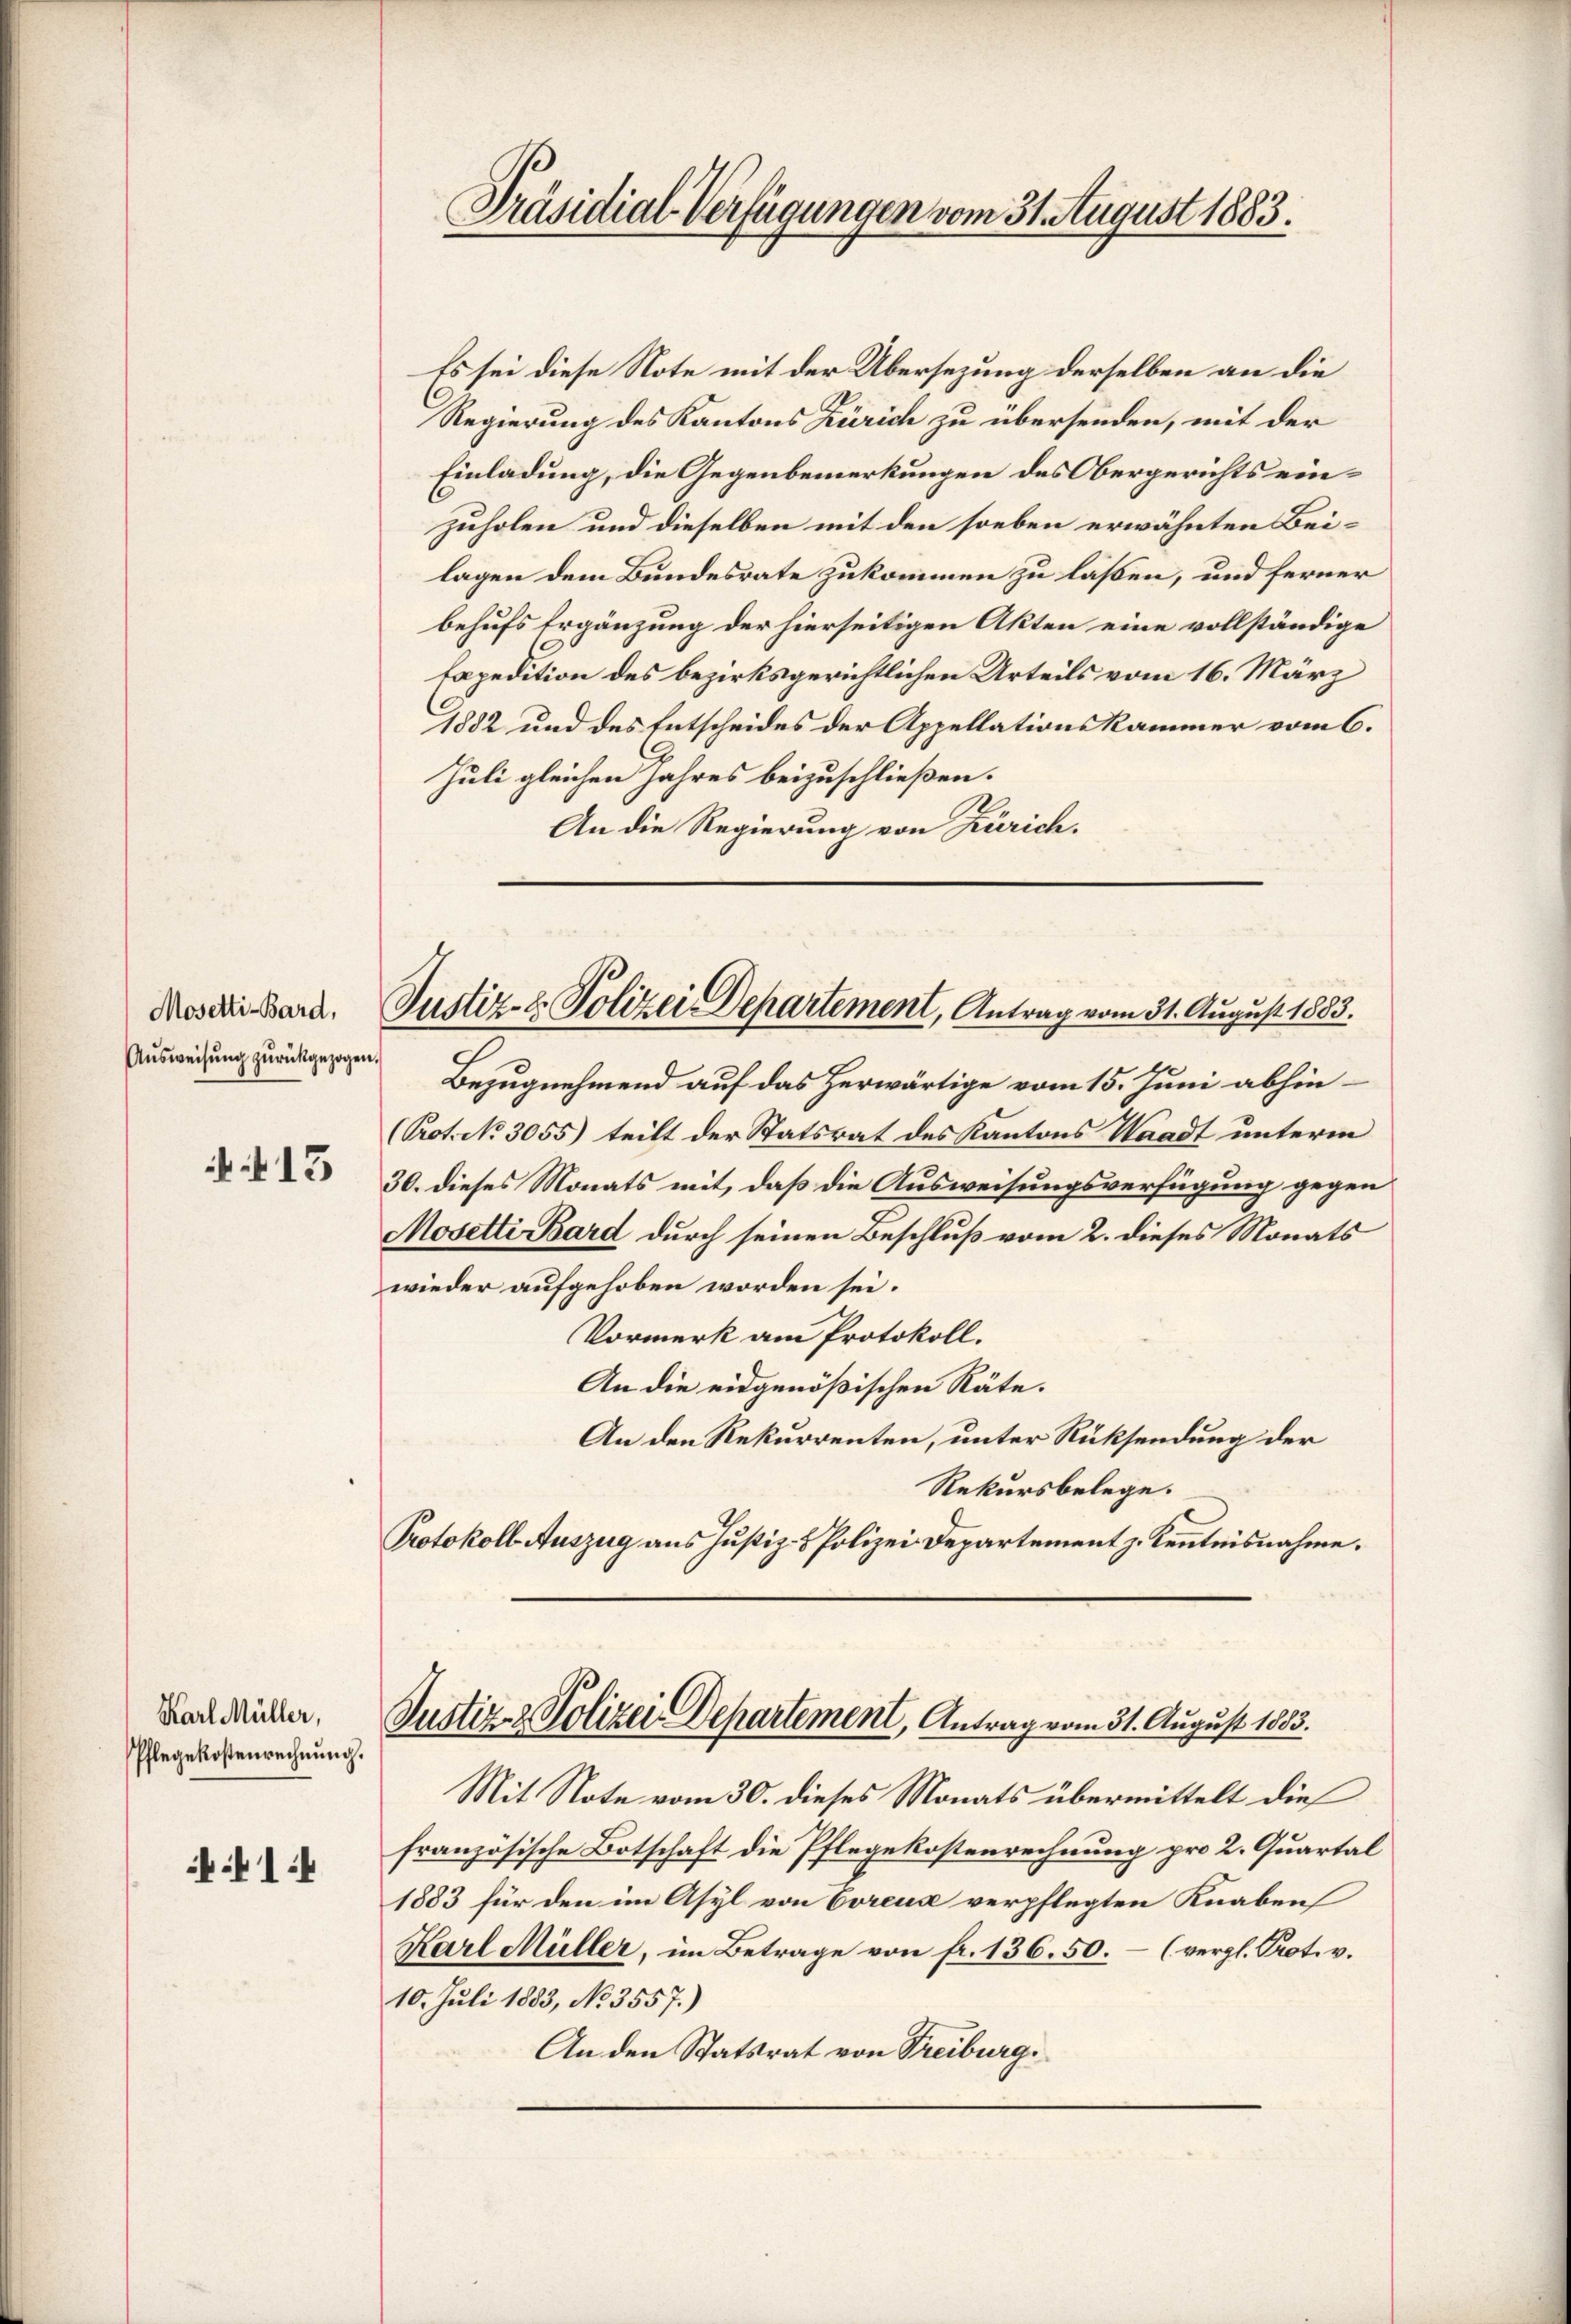
Mosetti-Bard,
Aŭsweisŭng zŭrückgezogen.

+ 13

Karl Müller,
Pflegekostenrechnung.

1:

Es sei diese Note mit der Übersezung derselben an die
Regierung des Kantons Zürich zu übersenden, mit der
Einladung, die Gegenbemerkungen des Obergerichts einzuholen und dieselben mit den soeben erwähnten Beilagen dem Bundesrate zukommen zu laßen, und ferner
behufs Ergänzung der hierseitigen Akten eine vollständige
topedition des bezirksgerichtlichen Urteils vom 16. März
1882 und des Entscheides der Appellationskammer vom 6.
Juli gleichen Jahres beizuschließen.
An die Regierung von Zürich.

Präsidial-Verfügungen vom 31. August 1883.

Justiz- & Polizei Departement, Antrag vom 31. August 1883.

Bezugnehmend auf das herwärtige vom 15. Juni abhin-
(Prot. No 3055) teilt der Statsrat des Kantons Waadt unterm
30. dieses Monats mit, daß die Ausweisungsverfügung gegen
Mosetti Bard durch seinen Beschluß vom 2. dieses Monats
wieder aufgehoben worden sei.
Vormerk am Protokoll.
An die eidgenößischen Räte.
An den Rekurrenten, unter Rücksendung der
Rekursbelege.
Protokoll Auszug aus Justiz- & Polizei Departement z. Kenntnisnahme.
Justiz & Polizei Departement, Antrag vom 31. August 1883.
Mit Note vom 30. dieses Monats übermittelt die
französische Botschaft die Pflegekostenrechnung pro 2. Quartal
1883 für den im Asyl von Coreus verpflegten Knaben
Karl Müller, im Betrage von fr. 136. 50.- (vergl. Prot. v.
10. Juli 1883, No 3557.)
An den Statsrat von Treiburg.